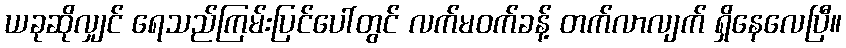
ယခုဆိုလျှင် ရေသည်ကြမ်းပြင်ပေါ်တွင် လက်မဝက်ခန့် တက်လာလျက် ရှိနေလေပြီ။